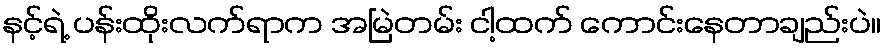
နင့်ရဲ့ ပန်းထိုးလက်ရာက အမြဲတမ်း ငါ့ထက် ကောင်းနေတာချည်းပဲ။